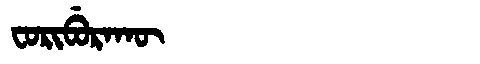
Manchu: ᠸᠣᡵᡳᠪᡠᡵᠠᡴᡡ
Romanization: FORIBURAKŪ